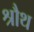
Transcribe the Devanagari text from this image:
श्रौथ